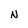
Character: N